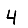
Digit: 4